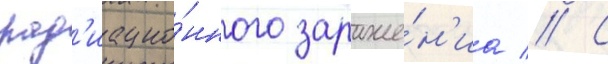
рад'иацио́нного зараже́н'иа // С